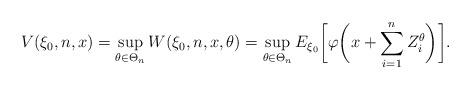
LaTeX: \begin{align*}V(\xi_0,n,x)=\sup_{\theta\in \Theta_n} W(\xi_0,n,x,\theta)=\sup_{\theta\in \Theta_n} E_{\xi_0}\biggl[\varphi\biggl(x+\sum_{i=1}^{n} Z_i^\theta\biggr)\biggr].\end{align*}